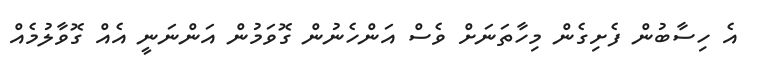
އެ ހިސާބުން ފެށިގެން މިހާތަނަށް ވެސް އަންހެނުން ގޮވަމުން އަންނަނީ އެއް ގޮވާލުމެއް